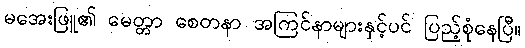
မအေးဖြူ၏ မေတ္တာ စေတနာ အကြင်နာများနှင့်ပင် ပြည့်စုံနေပြီ။